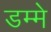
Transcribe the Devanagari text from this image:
डम्मे